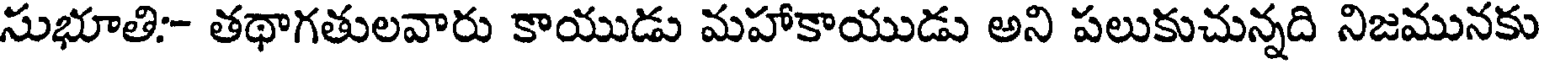
సుభూతి:- తథాగతులవారు కాయుడు మహాకాయుడు అని పలుకుచున్నది నిజమునకు